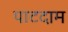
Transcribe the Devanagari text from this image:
पाटदाम